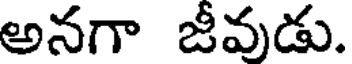
అనగా జీవుడు.